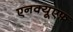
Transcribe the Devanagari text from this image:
एनक्यूएफ़